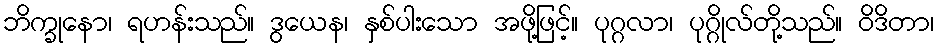
ဘိက္ခုနော၊ ရဟန်းသည်။ ဒွယေန၊ နှစ်ပါးသော အဖို့ဖြင့်။ ပုဂ္ဂလာ၊ ပုဂ္ဂိုလ်တို့သည်။ ဝိဒိတာ၊